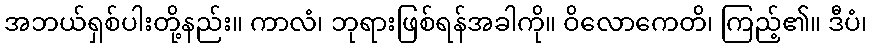
အဘယ်ရှစ်ပါးတို့နည်း။ ကာလံ၊ ဘုရားဖြစ်ရန်အခါကို။ ဝိလောကေတိ၊ ကြည့်၏။ ဒီပံ၊